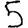
Digit: 5